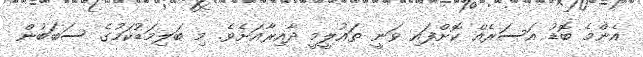
އެންމެ ބޮޑު އަސަރެއް ކޮށްފައި ވަނީ ތައުލީމީ ދާއިރާއަށެވެ. މި ބަލިމަޑުކަމުގެ ސަބަބުން